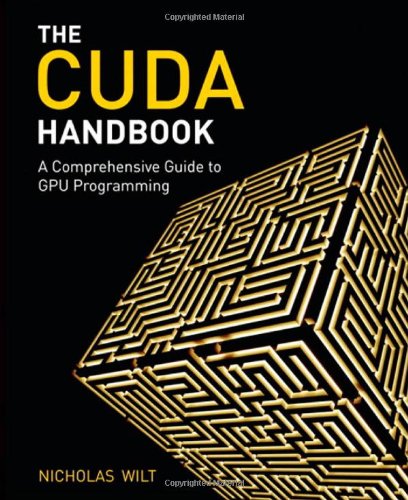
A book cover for CUDA Handbook: A Comprehensive Guide to GPU Programming, The; Nicholas Wilt; Computers & Technology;